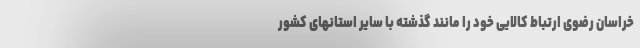
خراسان رضوی ارتباط کالایی خود را مانند گذشته با سایر استانهای کشور